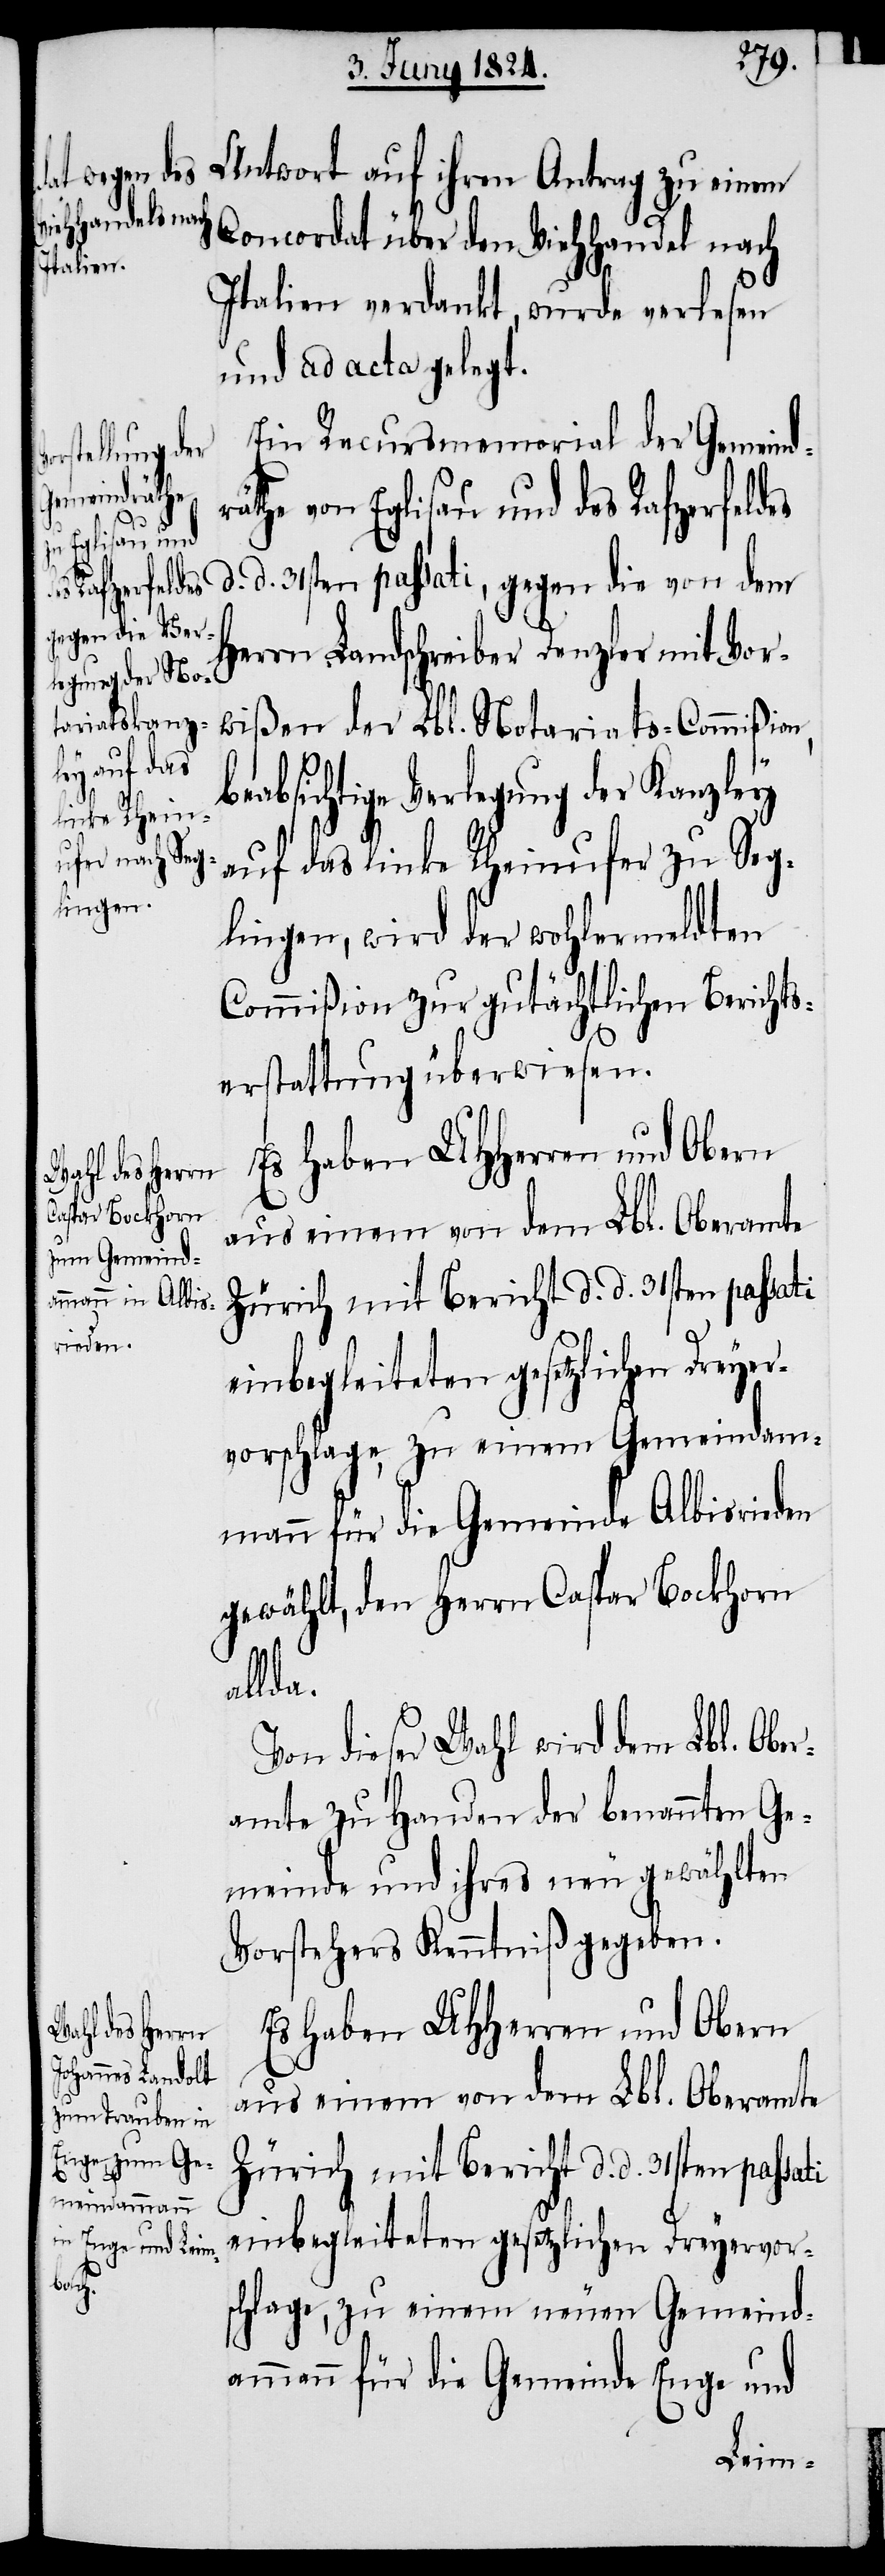
Rafzerfeldes
d.
beab¬

Antwort auf ihren Antrag zu einem
Concordat über den Viehhandel nach
Italien verdankt, wurde verlesen
und ad acta gelegt.
Ein Recursmemorial der Gemeindr¬
äthe von Eglisau und des
d. 31sten passati, gegen die von dem
Herrn Landschreiber Denzler mit Vor¬
wißen der Lbl. Notariats-Commißion,
sichtigte Verlegung der Kanzley
auf das linke Rheinufer zu Seg¬
lingen, wird der wohlermeldten
Commißion zur gutächtlichen Berichts¬
erstattung überwiesen.
Es haben UHHerren und Obern
aus einem von dem Lbl. Oberamte
Zürich mit Bericht d. d. 31sten passati
schlage, zu einem Gemeindam¬
mann für die Gemeinde Albisrieden
gewählt, den Herrn Caspar Bockhorn
allda.
Von dieser Wahl wird dem Lbl. Ober¬
amte zu Handen der benannten Ge¬
meinde und ihres neu gewählten
Vorstehers Kenntniß gegeben.
Es haben UHHerren und Obern
einbegleiteten gesetzlichen Dreyervor¬
schlage, zu einem neuen Gemeind¬
ammann für die Gemeinde Enge und